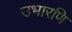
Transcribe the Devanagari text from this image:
उभारणि